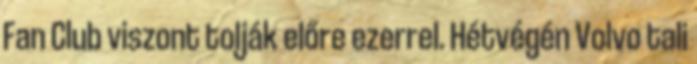
Fan Club viszont tolják előre ezerrel. Hétvégén Volvo tali